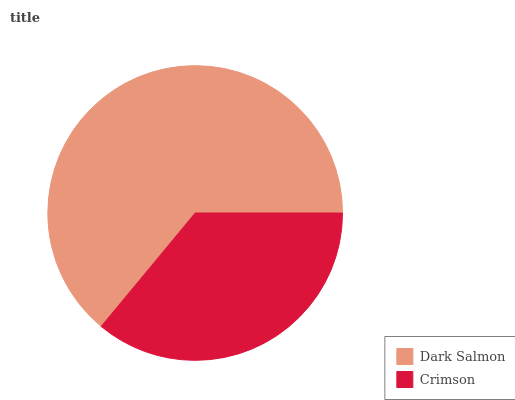
| Dark Salmon | Crimson |
 | --- | --- |
 | 64% | 36% |